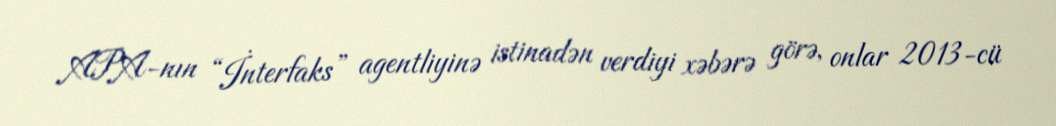
APA-nın “İnterfaks” agentliyinə istinadən verdiyi xəbərə görə, onlar 2013-cü